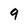
Character: 9